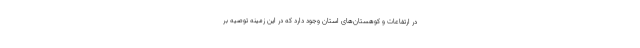
در ارتفاعات و کوهستان‌های استان وجود دارد که در این زمینه توصیه بر